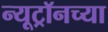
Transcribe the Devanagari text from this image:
न्यूट्रॉनच्या